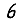
Digit: 6